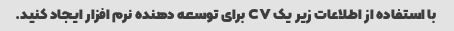
با استفاده از اطلاعات زیر یک CV برای توسعه دهنده نرم افزار ایجاد کنید.